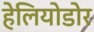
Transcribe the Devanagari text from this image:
हेलियोडोर